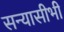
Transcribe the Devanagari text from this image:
सन्यासीभी